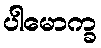
ပါမောက္ခ